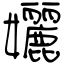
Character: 孋